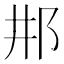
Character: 𨙷